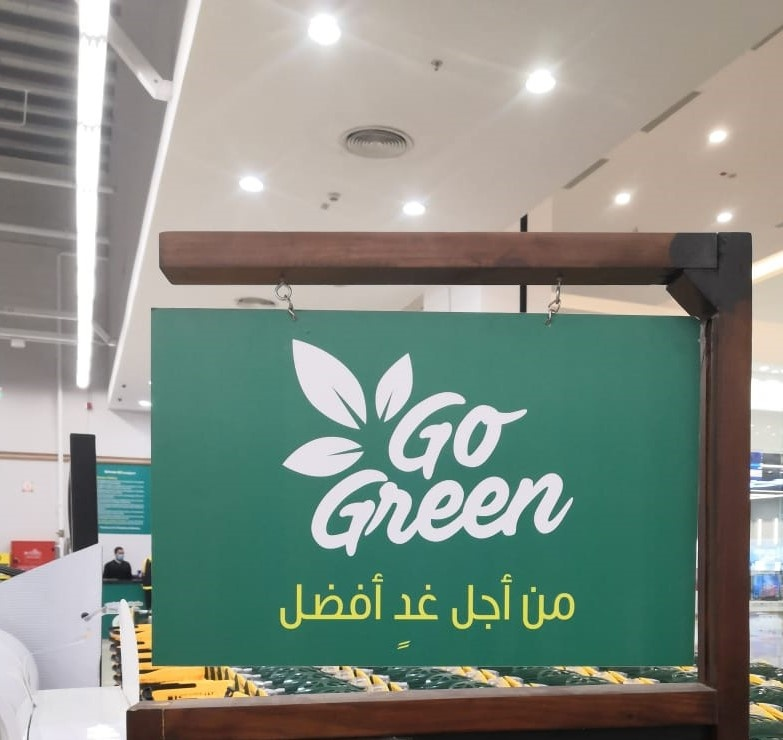
Text in image: غد أفضل أجل من Go Green